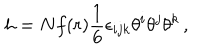
LaTeX: h = N f ( r ) \frac { 1 } { 6 } \epsilon _ { i j k } \theta ^ { i } \theta ^ { j } \theta ^ { k } \, ,